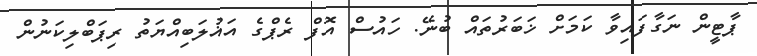
ޕާޓީން ނަގާފައިވާ ކަމަށް ޚަބަރުތައް ބުނޭ. ހައުސް އޮފް ރެޕްގެ އަޣުލަބިއްޔަތު ރިޕަބްލިކަނުން